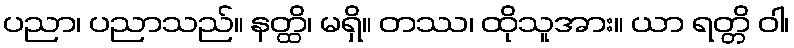
ပညာ၊ ပညာသည်။ နတ္ထိ၊ မရှိ။ တဿ၊ ထိုသူအား။ ယာ ရတ္တိ ဝါ၊